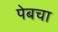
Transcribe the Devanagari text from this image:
पेबचा